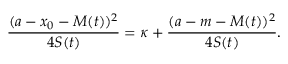
\frac { ( a - x _ { 0 } - M ( t ) ) ^ { 2 } } { 4 S ( t ) } = \kappa + \frac { ( a - m - M ( t ) ) ^ { 2 } } { 4 S ( t ) } .